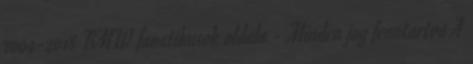
2004-2018 BMW fanatikusok oldala - Minden jog fenntartva A